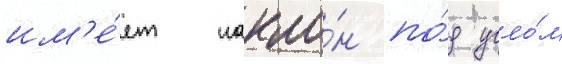
им'е́ет накло́н по́д угло́м